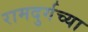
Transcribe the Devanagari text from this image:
रामदुर्गच्या